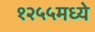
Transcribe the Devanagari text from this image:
१२५५मध्ये